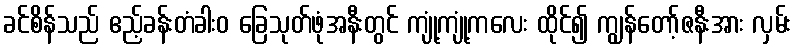
ခင်စိန်သည် ဧည့်ခန်းတံခါးဝ ခြေသုတ်ဖုံအနီးတွင် ကျုံ့ကျုံ့ကလေး ထိုင်၍ ကျွန်တော့်ဇနီးအား လှမ်း